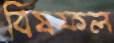
বিষফল